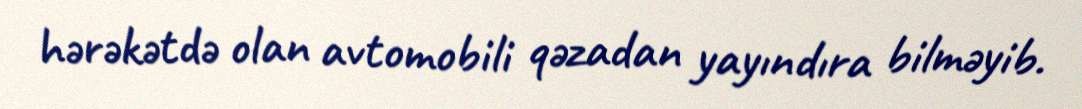
hərəkətdə olan avtomobili qəzadan yayındıra bilməyib.